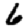
Digit: 6